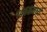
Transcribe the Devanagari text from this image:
१४६६मध्ये